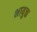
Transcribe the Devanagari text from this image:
भायुक्त